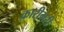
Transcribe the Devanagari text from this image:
क़ारीगरी